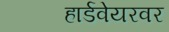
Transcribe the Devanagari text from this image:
हार्डवेयरवर